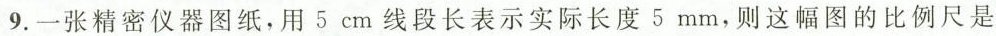
9.一张精密仪器图纸，用5 cm线段长表示实际长度5 mm，则这幅图的比例尺是